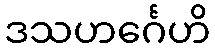
ဒသဟင်္ဂေဟိ